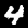
Label: 4